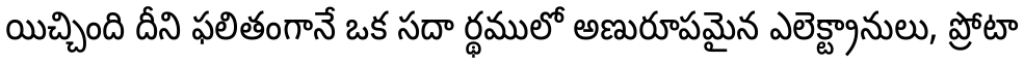
యిచ్చింది దీని ఫలితంగానే ఒక సదా ర్థములో అణురూపమైన ఎలెక్ట్రానులు, ప్రోటా